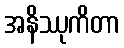
အနိဿုကိတာ